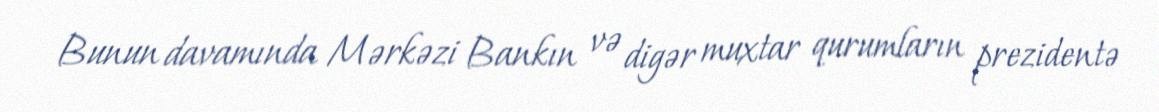
Bunun davamında Mərkəzi Bankın və digər muxtar qurumların prezidentə